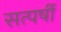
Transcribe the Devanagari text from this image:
सत्पर्षी